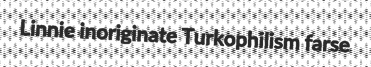
Linnie inoriginate Turkophilism farse